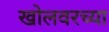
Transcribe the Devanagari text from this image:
खोलवरच्या